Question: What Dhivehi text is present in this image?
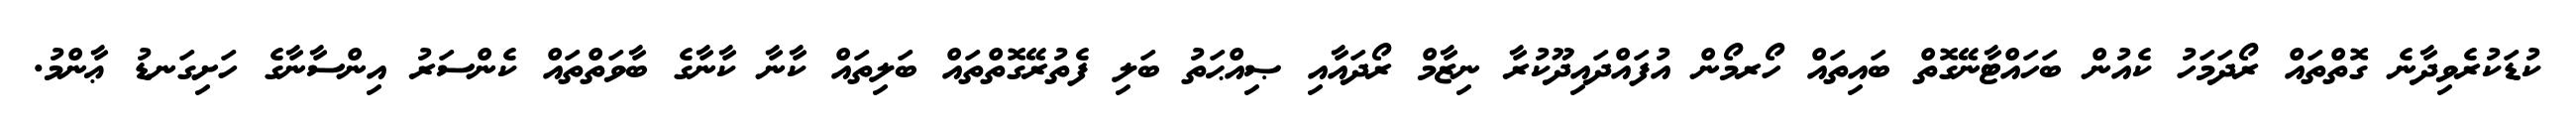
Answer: ކުޑަކުރެވިދާނެ ގޮތްތައް ރޯދަމަހު ކެއުން ބަހައްޓާނޭގޮތް ބައިތައް ހޯރމޯން އުފައްދައިދޫކުރާ ނިޒާމް ރޯދައާއި ޞިއްޙަތު ބަލި ފެތުރޭގޮތްތައް ބަލިތައް ކާނާ ކާނާގެ ބާވަތްތައް ކެންސަރު އިންސާނާގެ ހަށިގަނޑު ޢާންމު.